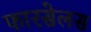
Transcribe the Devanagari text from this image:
फारसेलस